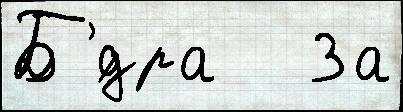
Б'́дра   За